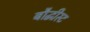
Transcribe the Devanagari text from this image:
बौद्धीस्ट